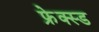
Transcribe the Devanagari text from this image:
फ्रेक्स्ड